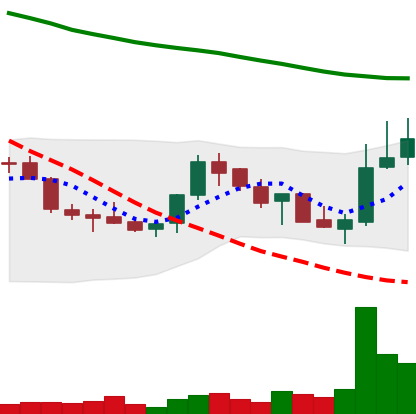
Ticker: LINK-USD
Chart end date: 2018-07-27
Forward return: 7.66%
Label: up_7plus